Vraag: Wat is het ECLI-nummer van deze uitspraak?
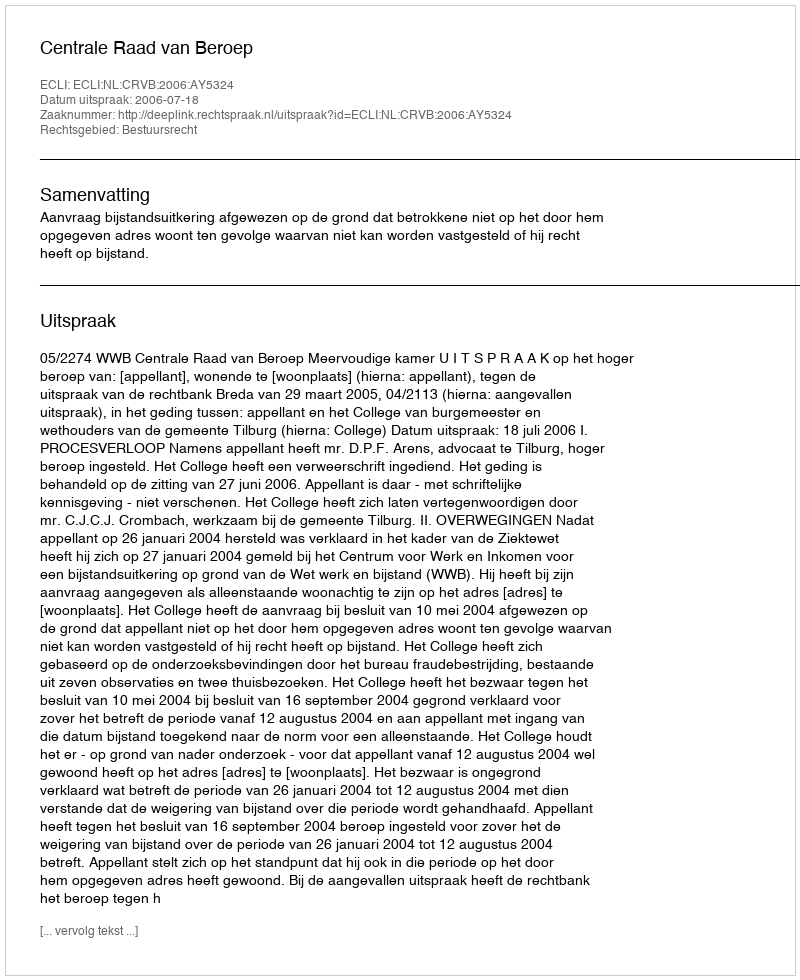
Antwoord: ECLI:NL:CRVB:2006:AY5324